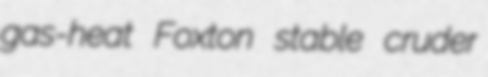
gas-heat Foxton stable cruder